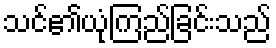
သင်၏ယုံကြည်ခြင်းသည်